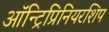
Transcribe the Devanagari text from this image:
ऑन्ट्रिप्रिनियरशिप